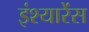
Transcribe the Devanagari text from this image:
इंश्यारेंस